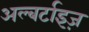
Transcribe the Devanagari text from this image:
अल्बर्टाइज़